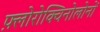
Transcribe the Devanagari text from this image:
फ़्लोरोक्विनोलोनों